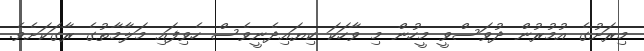
މިރަށުގެ އުމުރުން ދުވަސްވީ މީހުން މި ވާހަކަ ކިޔައިދެނީވެސް ހެވިފައި މަލާމާތުގެ ރާގަކަށެވެ.